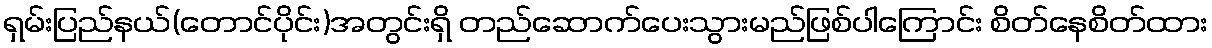
ရှမ်းပြည်နယ်(တောင်ပိုင်း)အတွင်းရှိ တည်ဆောက်ပေးသွားမည်ဖြစ်ပါကြောင်း စိတ်နေစိတ်ထား